Report on vaccination in Madras 1877-1894 - 1877-1894
Year: 1877
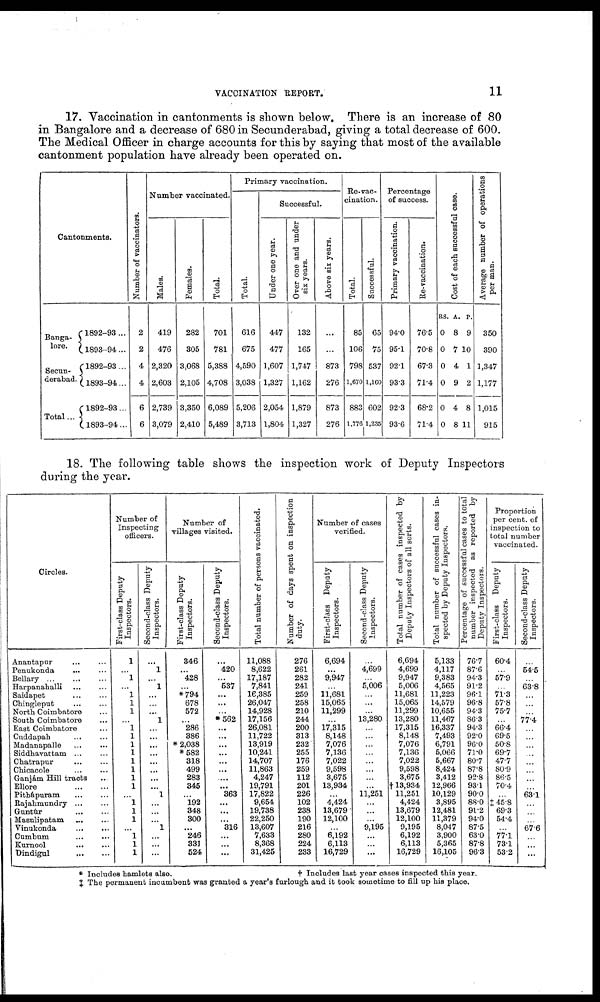
VACCINATION REPORT.
11
17. Vaccination in cantonments is shown below. There is an increase of 80
in Bangalore and a decrease of 680 in Secunderabad, giving a total decrease of 600.
The Medical Officer in charge accounts for this by saying that most of the available
cantonment population have already been operated on.
Cantonments.
Banga¬
lore.
Secun¬
derabad.
Total...
1892-93...
1893-94 ...
1892-93...
1893-94...
1892-93...
1893-94...
Number of vaccinators.
2
2
4
4
6
6
Number vaccinated.
Males.
419
476
2,320
2,603
2,739
3,079
Females.
282
305
3,068
2,105
3,350
2,410
Total.
701
781
5,388
4,708
6,089
5,489
Primary vaccination.
Total.
616
675
4,590
3,038
5,206
3,713
Successful.
Under one year.
447
477
1,607
1,327
2,054
1,804
Over one and under
six years.
132
165
1,747
1,162
1,879
1,327
Above six years.
...
...
873
276
873
276
Re-vac-
cination.
Total.
85
106
798
1,670
883
1,776
Successful.
65
75
537
1,160
602
1,235
Percentage
of success.
Primary vaccination.
94.0
95.1
92.1
93.3
92.3
93.6
Re-vaccination.
76.5
70.8
67.3
71.4
68.2
71.4
Cost of each successful case.
RS.
0
0
0
0
0
0
A.
8
7
4
9
4
8
P.
9
10
1
2
8
11
Average number of operations
per man.
350
390
1,347
1,177
1,015
915
18. The following table shows the inspection work of Deputy Inspectors
during the year.
Circles.
Anantapur
... ...
Penukonda ... ...
Bellary
...
...
...
Harpanahalli ... ...
Saidapet
...
...
Chingleput
...
...
North Coimbatore ...
South Coimbatore ...
East Coimbatore ...
Cuddapah ... ...
Madanapalle
...
...
Siddhavattam ... ...
Chatrapur
...
...
Chicacole
...
...
Ganjám Hill tracts ...
Ellore
...
...
Pitbapuram
...
...
Rajahmundry ... ...
Gantùr
...
...
Masulipatam
...
...
Vinukonda
...
...
Cumbum
...
...
Kurnool
...
...
Dindigul
...
...
Number of
Inspecting
officers.
First-class Deputy
Inspectors.
1
...
1
...
...
...
...
...
...
...
...
...
...
...
...
...
...
...
...
...
...
...
...
...
Second-class Deputy
Inspectors.
...
1
...
1
...
...
...
1
...
...
...
...
...
...
...
...
1
...
...
...
1
...
...
...
Number of
villages visited.
First-class Deputy
Inspectors.
346
...
428
...
*794
678
572
...
286
386
* 2,038
*582
318
499
283
345
...
192
348
300
...
246
331
524
Second-class Deputy
Inspectors.
...
420
...
537
...
...
...
*562
...
...
...
...
...
...
...
...
363
...
...
...
316
...
...
...
Total number of persons vaccinated.
11,088
8,622
17,187
7,841
16,385
26,047
14,928
17,156
26,081
11,722
13,919
10,241
14,707
11,863
4,247
19,791
17,822
9,654
19,738
22,250
13,607
7,633
8,368
31,425
Number of days spent on inspection
duty.
276
261
282
241
259
258
210
244
200
313
232
255
176
259
112
201
226
102
238
190
216
280
224
233
Number of cases
verified.
First-class Deputy
Inspectors.
6,694
...
9,947
...
11,681
15,065
11,299
...
17,315
8,148
7,076
7,136
7,022
9,598
3,675
13,934
...
4,424
13,679
12,100
...
6,192
6,113
16,729
Second-class Deputy
Inspectors.
...
4,699
...
5,006
...
...
...
13,280
...
...
...
...
...
...
...
...
11,251
...
...
...
9,196
...
...
...
Total number of cases inspected by
Deputy Inspectors of all sorts.
6,694
4,699
9,947
5,006
11,681
15,065
11,299
13,280
17,315
8,148
7,076
7,136
7,022
9,598
3,675
† 13,934
11,251
4,424
13,679
12,100
9,195
6,192
6,113
16,729
Total number of successful cases in-
spected by Deputy Inspectors.
5,133
4,117
9,383
4,565
11,223
14,579
10,655
11,467
16,337
7,493
6,791
5,066
5,667
8,424
3,412
12,966
10,129
3,895
12,481
11,379
8,047
3,900
5,365
16,105
Percentage of successful cases to total
number inspected as reported by
Deputy Inspectors.
76.7
87.6
94.3
91.2
96.1
96.8
94.3
86.3
94.3
92.0
96.0
71.0
80.7
87.8
92.8
93.1
90.0
88.0
91.2
94.0
87.5
63.0
87.8
96.3
Proportion
per cent. of
inspection to
total number
vaccinated.
First-class Deputy
Inspectors.
60.4
...
57.9
...
71.3
57.8
75.7
...
66.4
69.5
50.8
69.7
47.7
80.9
86.5
70.4
...
‡ 45.8
69.3
54.4
...
77.1
73.1
53.2
Second-class Deputy
Inspectors.
...
54.5
...
63.8
...
...
...
77.4
...
...
...
...
...
...
...
...
63.1
...
...
...
67.6
...
...
...
* Includes hamlets also.
† Includes last year cases inspected this year.
‡ The permanent incumbent was granted a year's furlough and it took sometime to fill up his place.